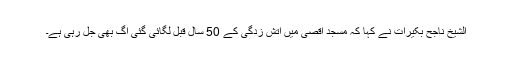
الشیخ ناجح بکیرات نے کہا کہ مسجد اقصیٰ میں آتش زدگی کے 50 سال قبل لگائی گئی آگ بھی جل رہی ہے۔